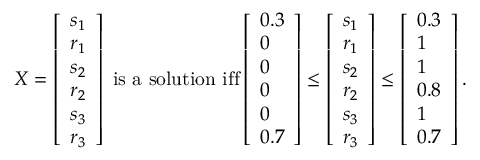
\begin{array} { r } { X = \left[ \begin{array} { l } { s _ { 1 } } \\ { r _ { 1 } } \\ { s _ { 2 } } \\ { r _ { 2 } } \\ { s _ { 3 } } \\ { r _ { 3 } } \end{array} \right] \mathrm { ~ i s ~ a ~ s o l u t i o n ~ i f f } \left[ \begin{array} { l } { 0 . 3 } \\ { 0 } \\ { 0 } \\ { 0 } \\ { 0 } \\ { 0 . 7 } \end{array} \right] \leq \left[ \begin{array} { l } { s _ { 1 } } \\ { r _ { 1 } } \\ { s _ { 2 } } \\ { r _ { 2 } } \\ { s _ { 3 } } \\ { r _ { 3 } } \end{array} \right] \leq \left[ \begin{array} { l } { 0 . 3 } \\ { 1 } \\ { 1 } \\ { 0 . 8 } \\ { 1 } \\ { 0 . 7 } \end{array} \right] . } \end{array}